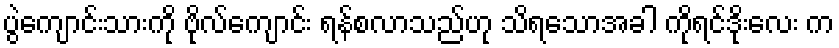
ပွဲကျောင်းသားကို ဗိုလ်ကျောင်း ရန်စလာသည်ဟု သိရသောအခါ ကိုရင်ဒိုးလေး က